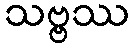
သဗ္ဗဿ